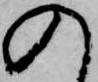
入